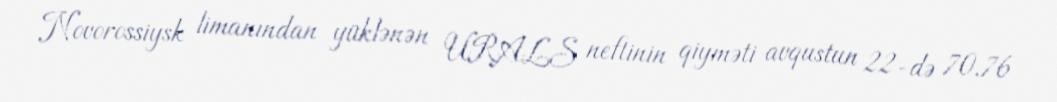
Novorossiysk limanından yüklənən URALS neftinin qiyməti avqustun 22-də 70,76